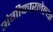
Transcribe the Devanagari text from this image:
अंगीकारलेल्या